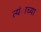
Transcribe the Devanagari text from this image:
त्यंाच्या